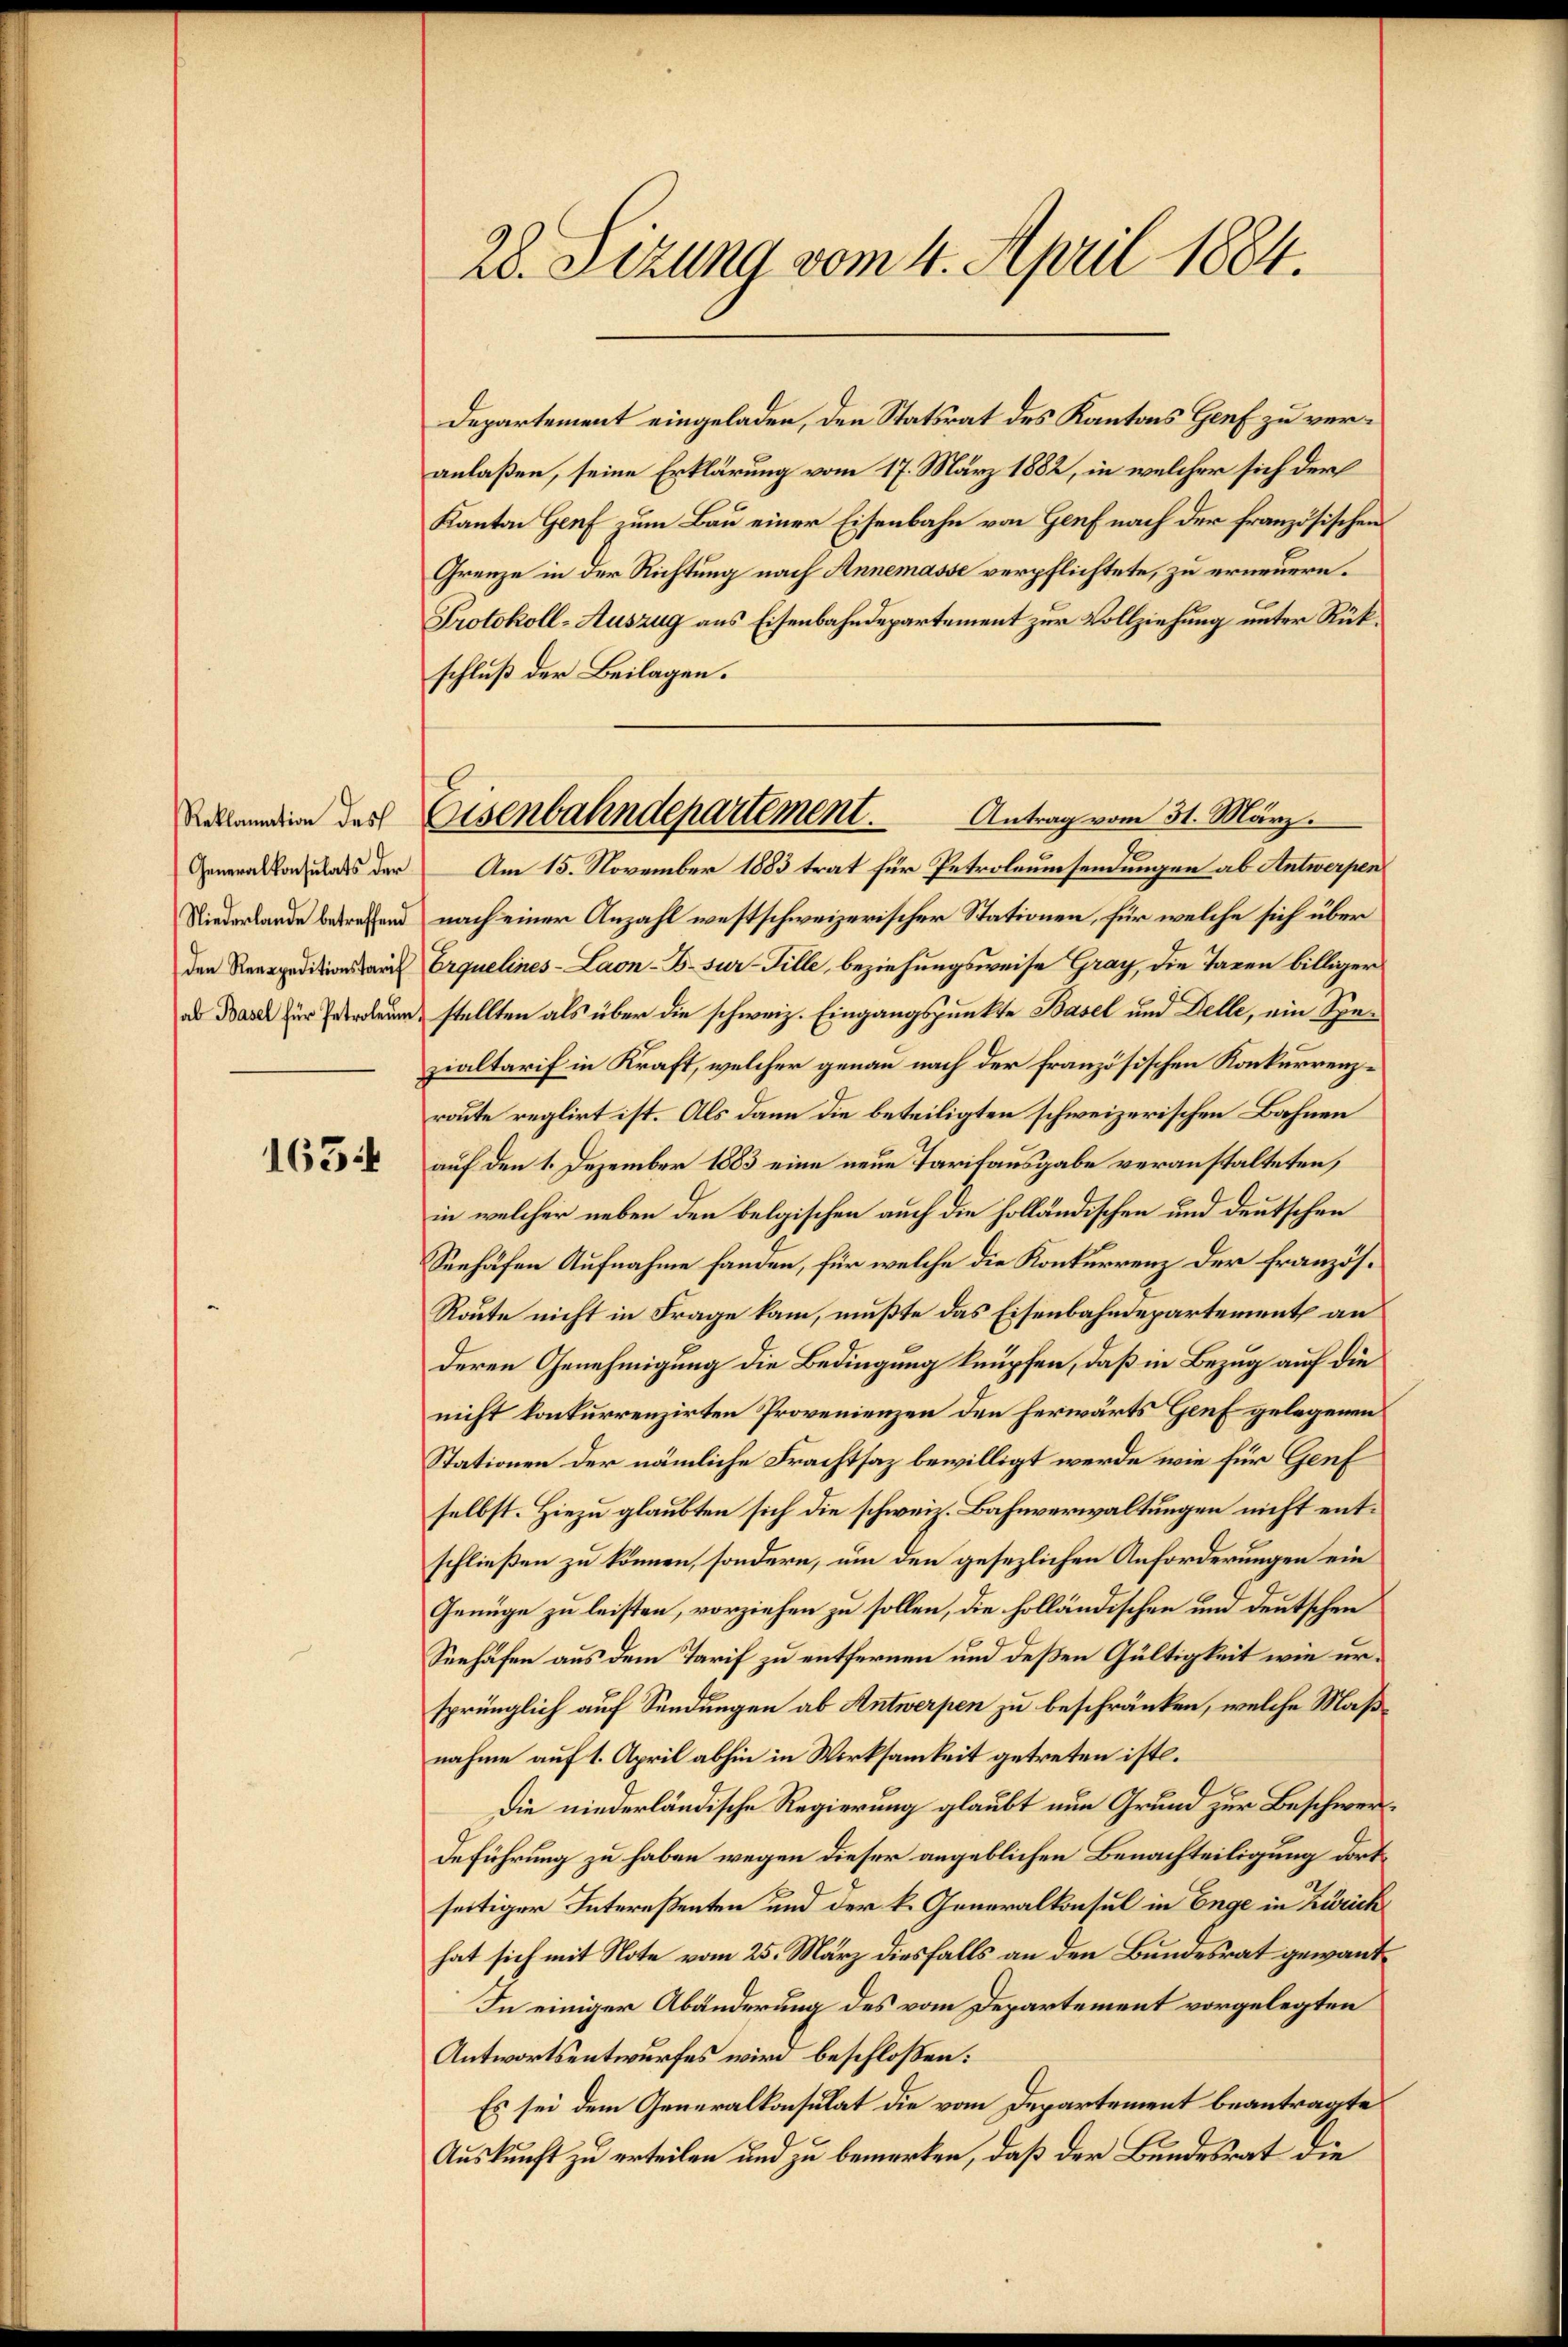
Reklamation des
Generalkonsulats der
Niederlande betreffend
den Reexpeditionstarif
ab Basel für Petroleum

1654

28. Sizung vom 4. April 1884.

Departement eingeladen, den Statsrat des Kantons Genf zu veranlaßen, seine Erklärung vom 17. März 1882, in welcher sich der
Kanton Genf zum Bau einer Eisenbahn von Genf nach der französischen
Grenze in der Richtung nach Annemasse verpflichtete, zu erneuern.
Protokoll-Auszug aus Eisenbahndepartement zur Vollziehung unter Rükschluß der Beilagen.
Am 15. November 1883 trat für Petroleumsendungen ab Antwerpen
nach einer Anzahl westschweizerischer Stationen, für welche sich über
Erquelines- Laon-B. sur-Fille, beziehungsweise Gray, die Taxen billiger
stellten als über die schweiz. Eingangspunkte Basel und Delle, ein Spezialtarif in Kraft, welcher genau nach der französischen Konkurrenzroute reglirt ist. Als dann die beteiligten schweizerischen Bahnen
auf den 1. Dezember 1883 eine neue Tarifausgabe veranstalteten,
in welcher neben den belgischen auch die holländischen und deutschen
Seehäfen Aufnahme fanden, für welche die Konkurrenz der französ¬
Route nicht in Frage kam, mußte das Eisenbahndepartement an
deren Genehmigung die Bedingung knüpfen, daß in Bezug auf die
nicht konkurrenzirten Provenienzen den herwärts Genf gelegenen
Stationen der nämliche Frachtsaz bewilligt werde wie für Genf
selbst. Hiezu glaubten sich die schweiz. Bahnverwaltungen nicht entschließen zu können, sondern, um den gesezlichen Anforderungen ein
Genüge zu leisten, vorziehen zu sollen, die holländischen und deutschen
Seehäfen aus dem Tarif zu entfernen und deßen Gültigkeit wie ersprünglich auf Sendungen ab Antwerpen zu beschränken, welche Maßnahme auf 1. April abhin in Wirksamkeit getreten ist.
Die niederländische Regierung glaubt nun Grund zur Beschwer¬
Beführung zu haben wegen dieser angeblichen Benachteiligung dortseitiger Intereßenten und der k. Generalkonsul in Enge in Zürich
hat sich mit Note vom 25. März diesfalls an den Bundesrat gewant¬
In einiger Abänderung des vom Departement vorgelegten
Antwortsentwurfes wird beschloßen:
Es sei dem Generalkonsulat die vom Departement beantragte
Auskunft zu erteilen und zu bemerken, daß der Bundesrat die

Antrag vom 31. März.
Eisenbahndepartement.